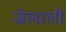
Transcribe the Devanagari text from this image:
जेलाली